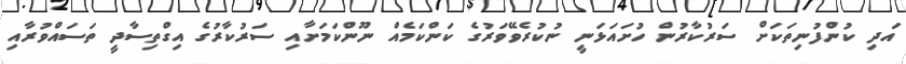
އަދި ކުންފުނިތަކަށް ސަރުކާރުން ހުށައަޅަނީ ނުކުރެވޭވަރުގެ ކަންކަމެއް ނޫންކަމަށާއި ސަރުކާރުގެ އިގްތިސާދީ ތަސައްވުރާއި